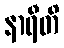
နာရီတိ